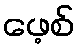
ဖေ့စ်